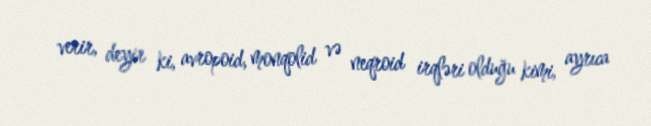
verir, deyir ki, avropoid, monqolid və neqroid irqləri olduğu kimi, ayrıca